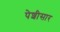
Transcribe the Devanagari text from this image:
पेशीसार